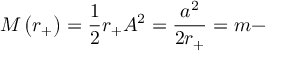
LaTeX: { \cal M } \left( r _ { + } \right) = \frac { 1 } { 2 } r _ { + } A ^ { 2 } = \frac { a ^ { 2 } } { 2 r _ { + } } = m -